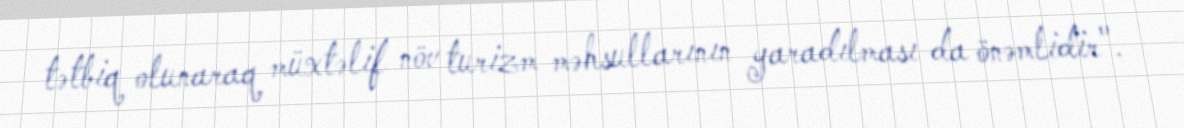
tətbiq olunaraq müxtəlif növ turizm məhsullarının yaradılması da önəmlidir".